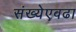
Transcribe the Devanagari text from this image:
संख्येएवढा